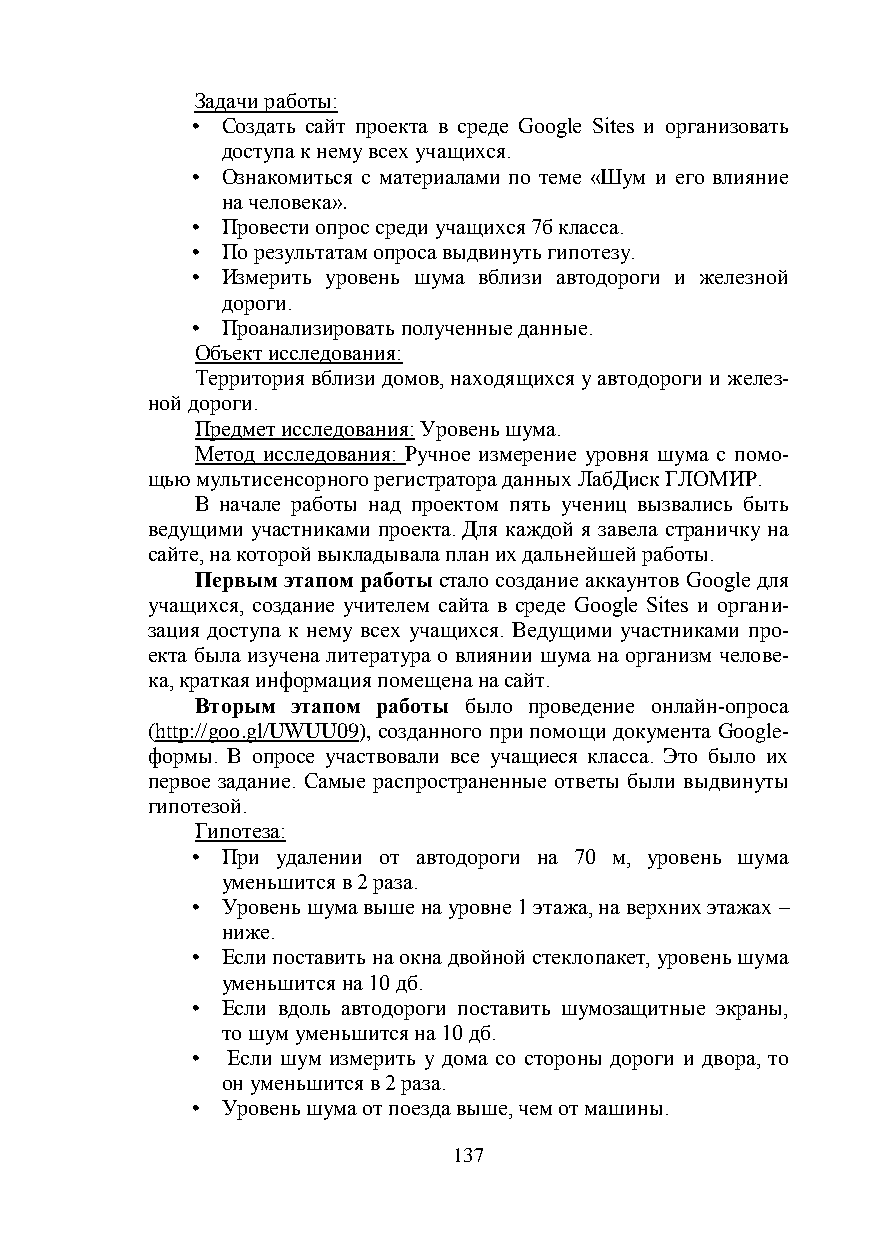
Задачи работы:
 • Создать сайт проекта в среде Google Sites и организовать
 доступа к нему всех учащихся.
 • Ознакомиться с материалами по теме «Шум и его влияние
 на человека».
 • Провести опрос среди учащихся 7б класса.
 • По результатам опроса выдвинуть гипотезу.
 • Измерить уровень шума вблизи автодороги и железной
 дороги.
 • Проанализировать полученные данные.
 Объект исследования:
 Территория вблизи домов, находящихся у автодороги и желез-
 ной дороги.
 Предмет исследования: Уровень шума.
 Метод исследования: Ручное измерение уровня шума с помо-
 щью мультисенсорного регистратора данных ЛабДиск ГЛОМИР.
 В начале работы над проектом пять учениц вызвались быть
 ведущими участниками проекта. Для каждой я завела страничку на
 сайте, на которой выкладывала план их дальнейшей работы.
 Первым этапом работы стало создание аккаунтов Google для
 учащихся, создание учителем сайта в среде Google Sites и органи-
 зация доступа к нему всех учащихся. Ведущими участниками про-
 екта была изучена литература о влиянии шума на организм челове-
 ка, краткая информация помещена на сайт.
 Вторым этапом работы было проведение онлайн-опроса
 (http://goo.gl/UWUU09), созданного при помощи документа Google-
 формы. В опросе участвовали все учащиеся класса. Это было их
 первое задание. Самые распространенные ответы были выдвинуты
 гипотезой.
 Гипотеза:
 • При удалении от автодороги на 70 м, уровень шума
 уменьшится в 2 раза.
 • Уровень шума выше на уровне 1 этажа, на верхних этажах –
 ниже.
 • Если поставить на окна двойной стеклопакет, уровень шума
 уменьшится на 10 дб.
 • Если вдоль автодороги поставить шумозащитные экраны,
 то шум уменьшится на 10 дб.
 • Если шум измерить у дома со стороны дороги и двора, то
 он уменьшится в 2 раза.
 • Уровень шума от поезда выше, чем от машины.
 137